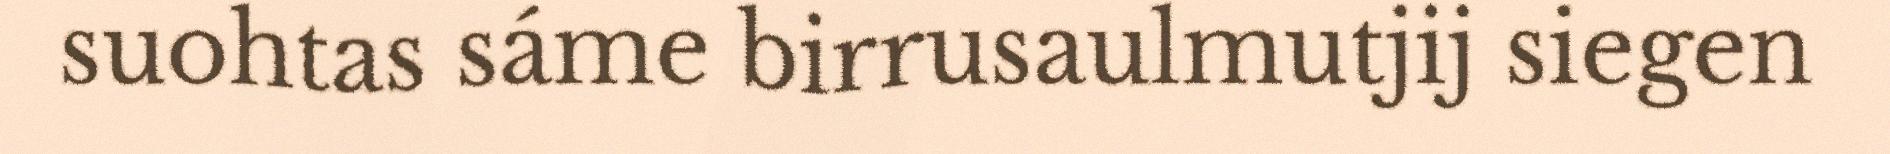
suohtas sáme birrusaulmutjij siegen